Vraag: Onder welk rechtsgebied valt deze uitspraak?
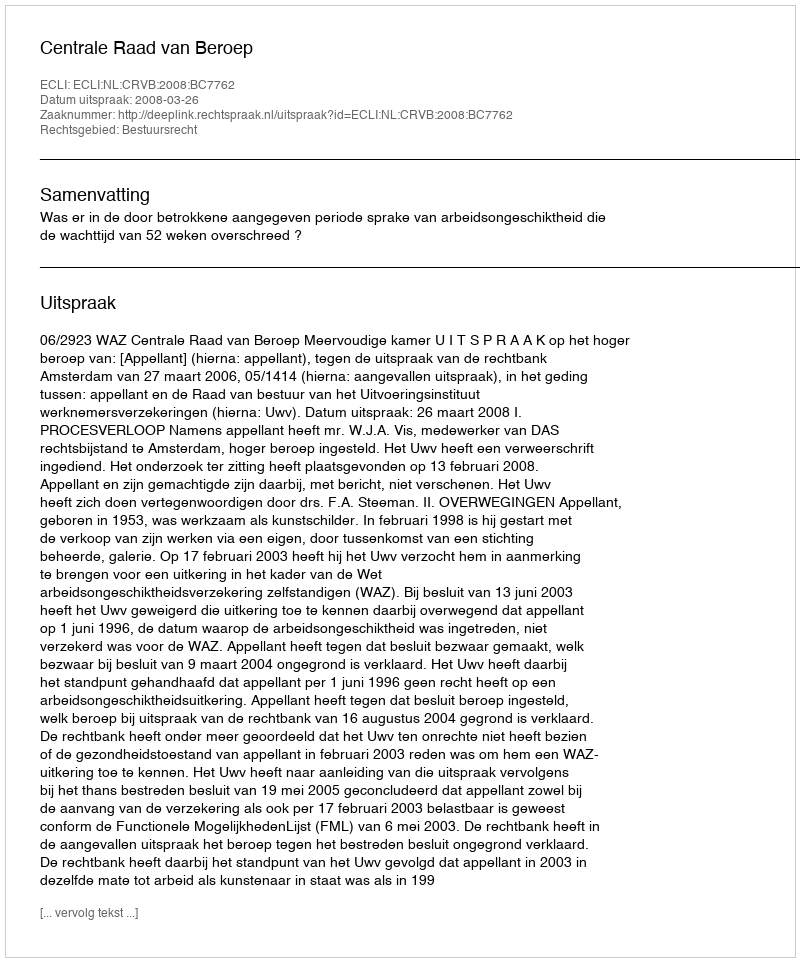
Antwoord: Bestuursrecht